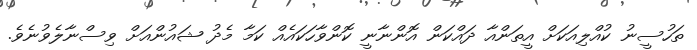
ތަހުސީނު ކުއްލިއަކަށް އީތަންއާ ދައްކަން އޮންނާނީ ކޮންވާހަކައެއް ކަމާ މެދު ޝައުންއަށް ވިސްނާލެވުނެވެ.